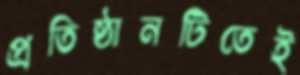
প্রতিষ্ঠানটিতেই